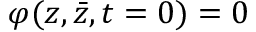
\varphi ( z , \bar { z } , t = 0 ) = 0